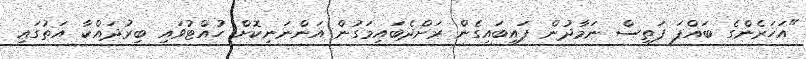
"އަހަރެންގެ ބައްޕަ ފަތިސް ނަމާދުން ފައިބައިގެން ރަށްދެބައިމަގުން އަންނަނިކޮށް ހުއްޓުވައި ބިރުދައްކާ އަތުގައި